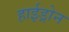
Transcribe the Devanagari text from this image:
हाईड्रोन